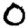
Digit: 0